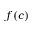
f ( c )